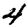
Digit: 4